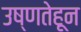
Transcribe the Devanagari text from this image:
उष्णतेहून